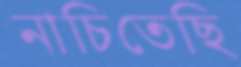
নাচিতেছি